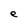
Character: e